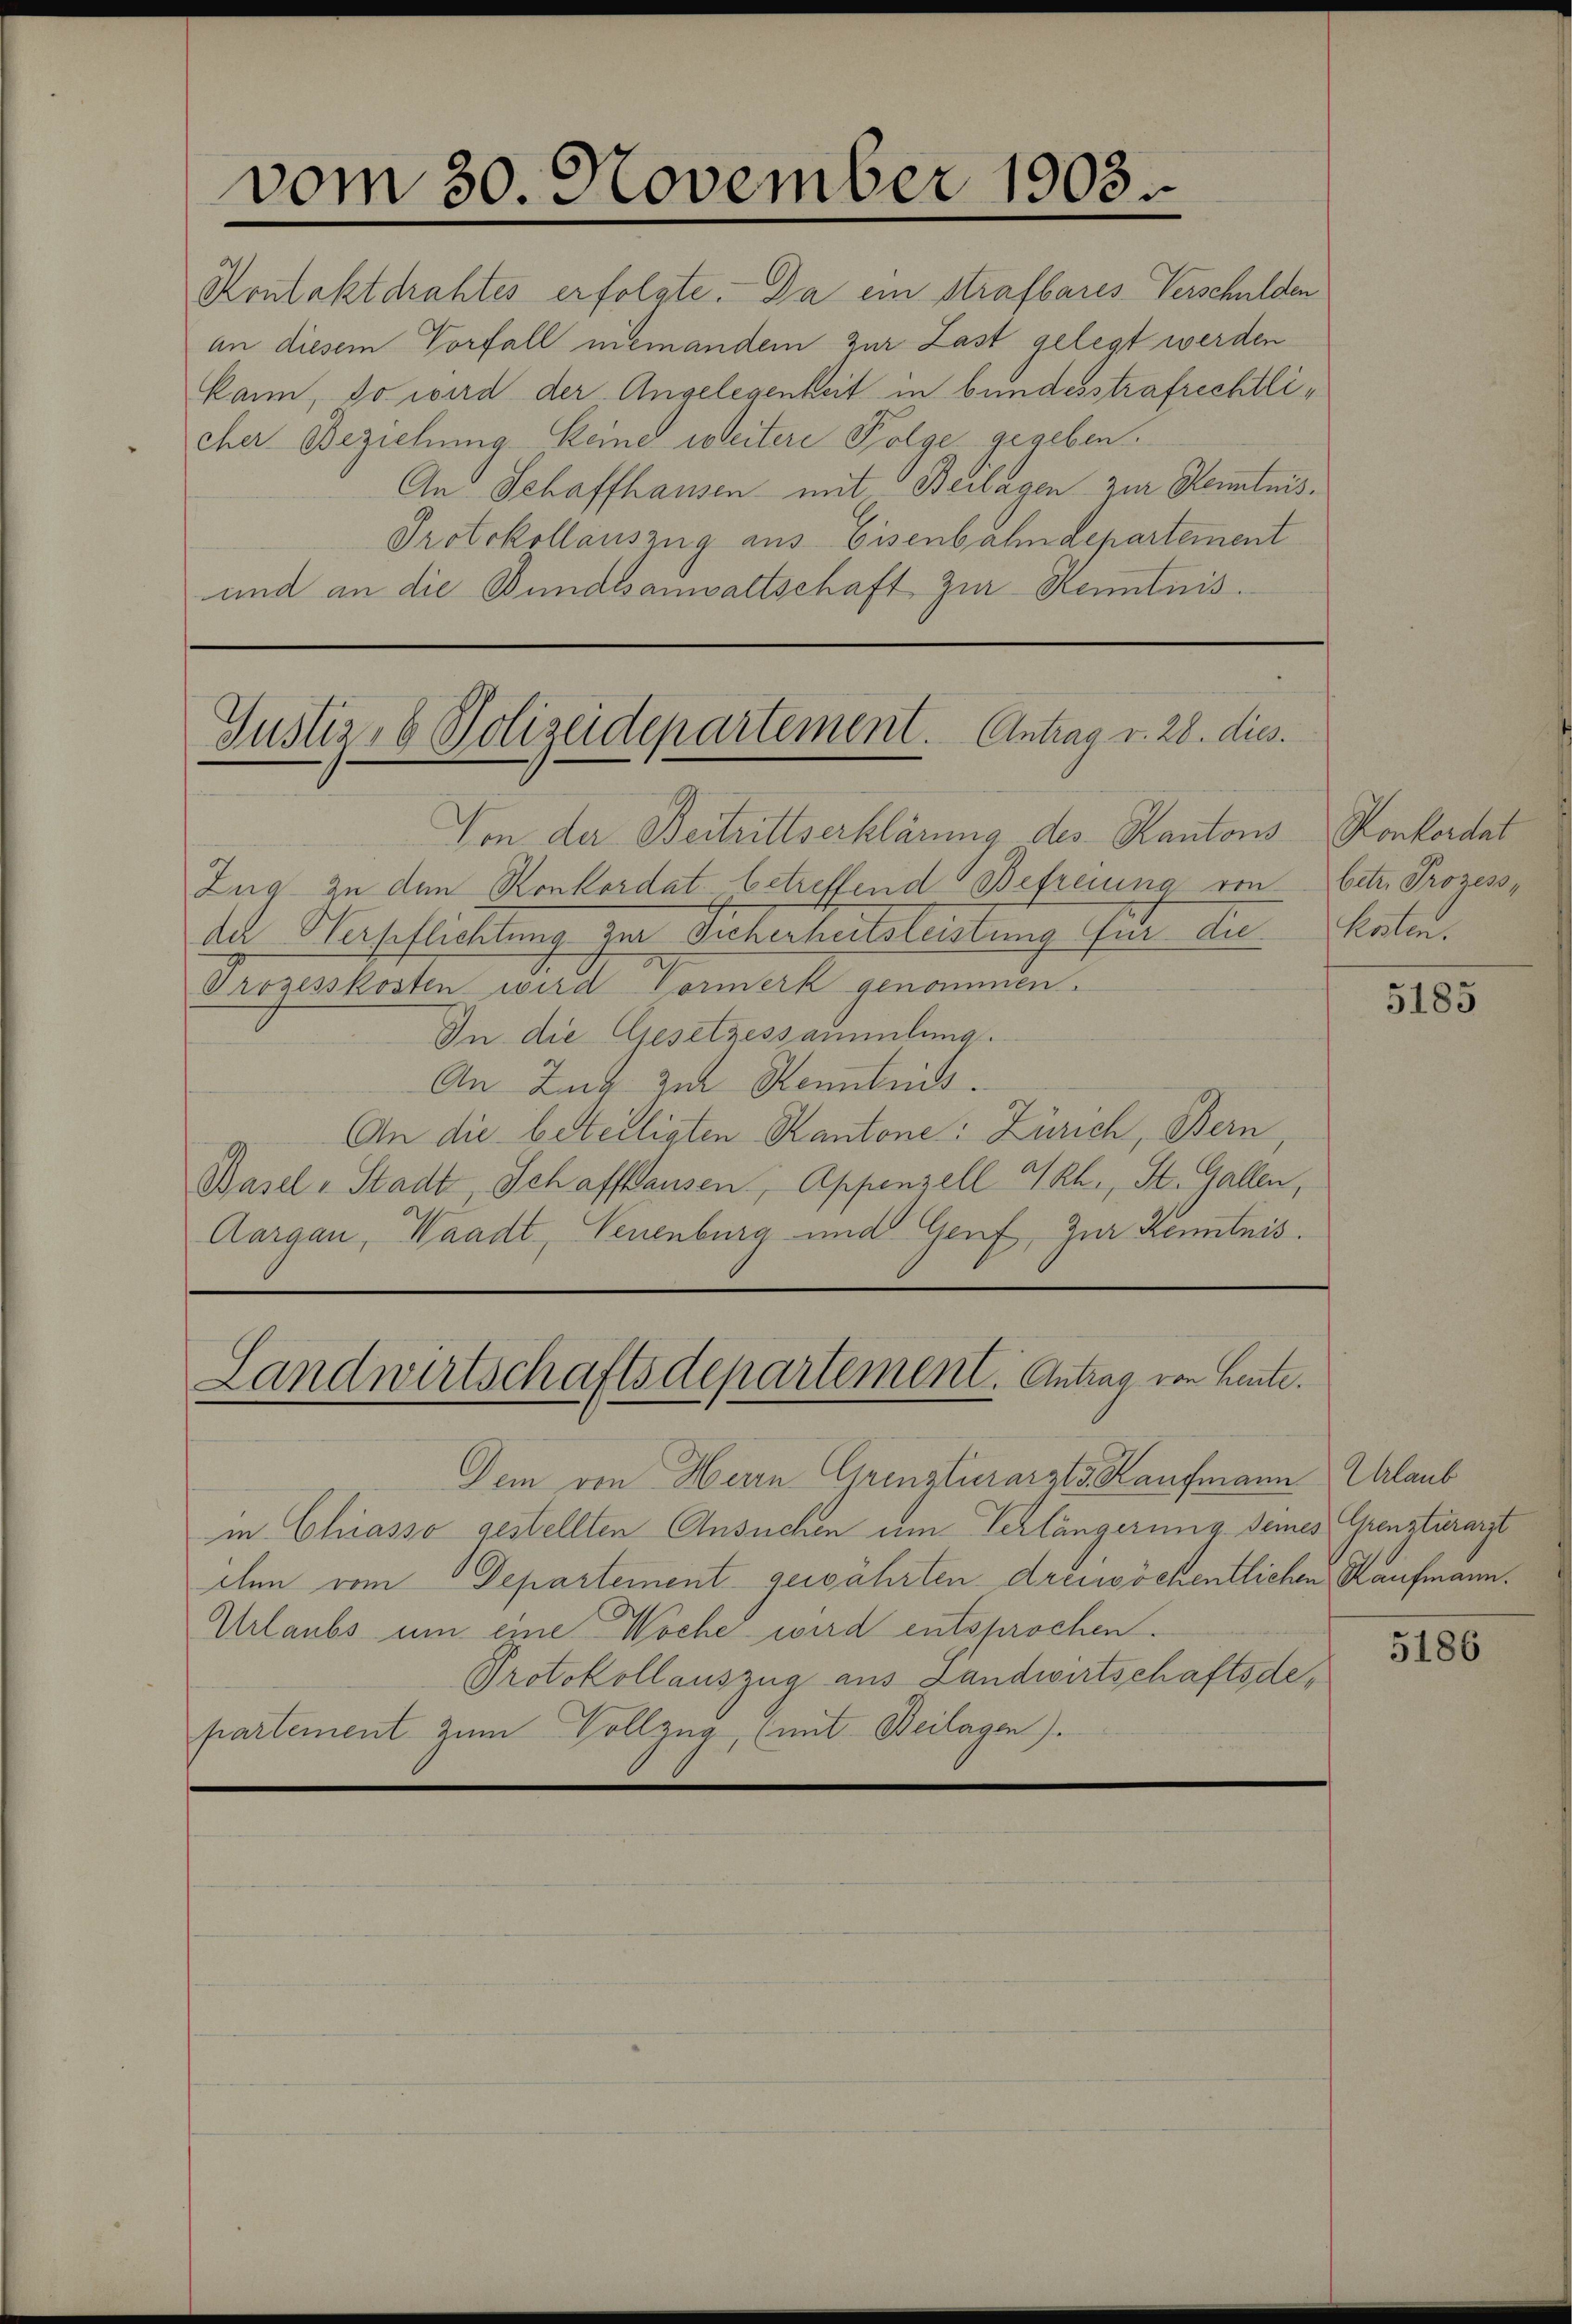
vom 30. November 1903.

Rontaktdrahtes erfolgte. Da ein Strafbares Verschulden
an diesem Vorfall niemandem zur Last gelegt werden
kann, so wird der Angelegenheit in bundesstrafrechtlicher Beziehung keine weitere Folge gegeben.
An Schaffhausen mit Beilagen zur Kenntnis¬
Protokollauszug aus Eisenbahndepartement
und an die Bundesanwaltschaft zur Kenntnis.

Justiz- & Polizeidepartement. Antrag v. 28. dies

Von der Beitrittserklärung des Kantons Konkordat
Zug zu den Konkordat betreffend Befreiung von betr. Prozess,
de Verschlichtung zur Sicherheitsleistung für die
Prozesskosten wird Vormerk genommen.
In die Gesetzessammlung.
An Zug zur Kenntnis.
An die beteiligten Kantone: Zürich, Bern,
Basel-Stadt Schaffhausen, Appenzell URh., St. Gallen,
Aargau, Waadt, Neuenburg und Genf, Zur Kenntnis.

Landwirtschaftsdepartement. Antrag von Heute.

Dem von Herrn Grinsturarzts Kaufmann Urlaub
in Chiasso gestellten Ansuchen um Verlängerung seines Grensturarzt
chen vom Departement gewährten dreiwöchentlichen Kaufmann¬
Urlaubs um eine Woche wird entsprochen.
Protokollauszug aus Landwirtschaftsdepartement zum Vollzug (mit Beilagen).

Kenten.

5185

5186